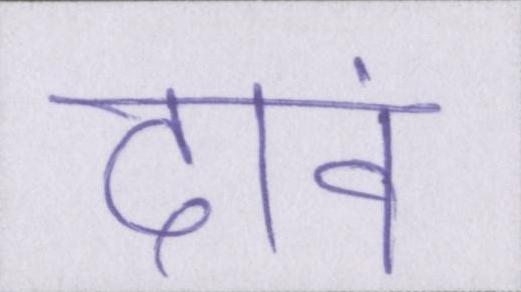
दावं